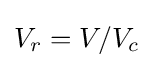
V_{r}=V/V_{c}